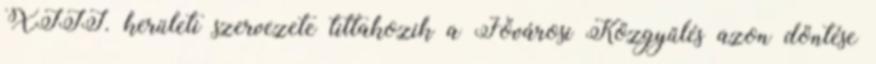
XIII. kerületi szervezete tiltakozik a Fővárosi Közgyűlés azon döntése